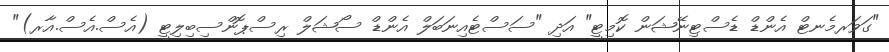
"ގަވަރމެނޓް އެންޑް ޑެސްޓިނޭޝަން ކޮމިޓީ" އަދި "ސަސްޓެއިނަބަލް އެންޑް ސޯޝަލް ރިސްޕޮންސިބިލިޓީ (އެސް.އެސް.އާރ)"